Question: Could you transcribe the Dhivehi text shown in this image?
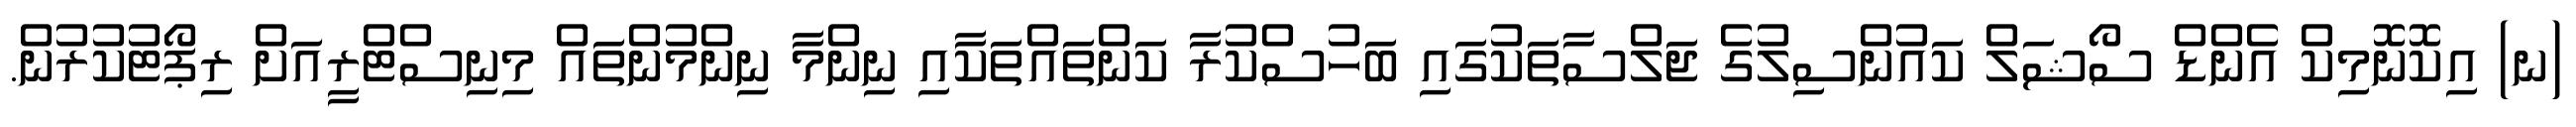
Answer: (ނ) އިކޮނޮމިކް އެންޑް ސޯޝަލް ކައުންސިލުގެ ޖަލްސާތަކުގައި ބަހުސްކުރާ ކަންތައްތަކާއި ނިންމާ ނިންމުންތައް މިނިސްޓްރީއަށް ރިޕޯޓުކުރުން.